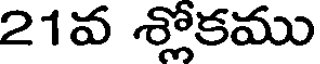
21వ శ్లోకము